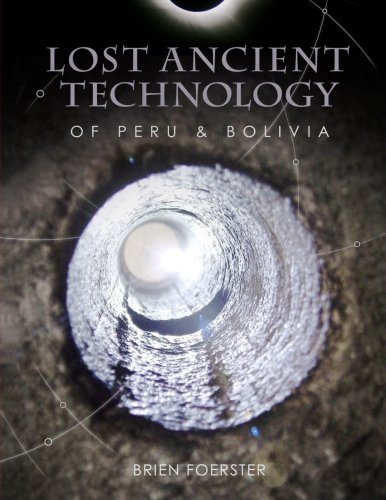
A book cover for Lost Ancient Technology Of Peru And Bolivia; Brien Foerster; Travel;